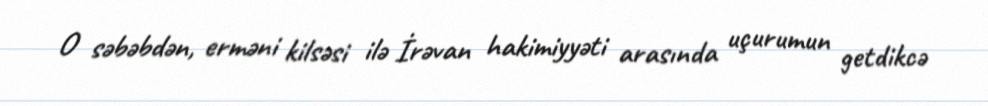
O səbəbdən, erməni kilsəsi ilə İrəvan hakimiyyəti arasında uçurumun getdikcə